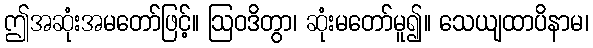
ဤအဆုံးအမတော်ဖြင့်။ ဩဝဒိတွာ၊ ဆုံးမတော်မူ၍။ သေယျထာပိနာမ၊